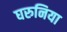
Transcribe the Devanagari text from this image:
घरुनिया